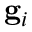
\mathbf { g } _ { i }